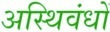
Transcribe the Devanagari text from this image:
अस्थिवंधों